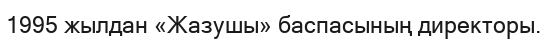
1995 жылдан «Жазушы» баспасының директоры.